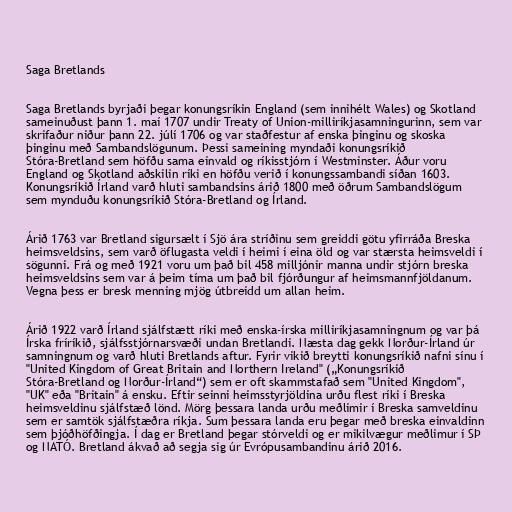
Saga Bretlands

Saga Bretlands byrjaði þegar konungsríkin England (sem innihélt Wales) og Skotland
sameinuðust þann 1. maí 1707 undir Treaty of Union-milliríkjasamningurinn, sem var
skrifaður niður þann 22. júlí 1706 og var staðfestur af enska þinginu og skoska
þinginu með Sambandslögunum. Þessi sameining myndaði konungsríkið
Stóra-Bretland sem höfðu sama einvald og ríkisstjórn í Westminster. Áður voru
England og Skotland aðskilin ríki en höfðu verið í konungssambandi síðan 1603.
Konungsríkið Írland varð hluti sambandsins árið 1800 með öðrum Sambandslögum
sem mynduðu konungsríkið Stóra-Bretland og Írland.

Árið 1763 var Bretland sigursælt í Sjö ára stríðinu sem greiddi götu yfirráða Breska
heimsveldsins, sem varð öflugasta veldi í heimi í eina öld og var stærsta heimsveldi í
sögunni. Frá og með 1921 voru um það bil 458 milljónir manna undir stjórn breska
heimsveldsins sem var á þeim tíma um það bil fjórðungur af heimsmannfjöldanum.
Vegna þess er bresk menning mjög útbreidd um allan heim.

Árið 1922 varð Írland sjálfstætt ríki með enska-írska milliríkjasamningnum og var þá
Írska fríríkið, sjálfsstjórnarsvæði undan Bretlandi. Næsta dag gekk Norður-Írland úr
samningnum og varð hluti Bretlands aftur. Fyrir vikið breytti konungsríkið nafni sínu í
"United Kingdom of Great Britain and Northern Ireland" („Konungsríkið
Stóra-Bretland og Norður-Írland“) sem er oft skammstafað sem "United Kingdom",
"UK" eða "Britain" á ensku. Eftir seinni heimsstyrjöldina urðu flest ríki í Breska
heimsveldinu sjálfstæð lönd. Mörg þessara landa urðu meðlimir í Breska samveldinu
sem er samtök sjálfstæðra ríkja. Sum þessara landa eru þegar með breska einvaldinn
sem þjóðhöfðingja. Í dag er Bretland þegar stórveldi og er mikilvægur meðlimur í SÞ
og NATÓ. Bretland ákvað að segja sig úr Evrópusambandinu árið 2016.